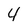
Character: 4